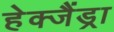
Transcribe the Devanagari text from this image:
हेक्जैंड्रा